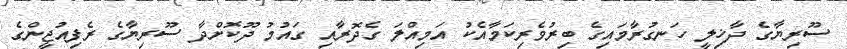
ސޫރިޔާގެ ދާޚިލީ ހަނގުރާމައިގެ ބިރުވެރިކަމާއެކު އަމިއްލަ ގެދޮރާއި ގައުމު ދޫކޮށްދާ ސޫރިޔާގެ ރެފިއުޖީންގެ